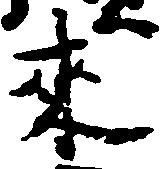
来